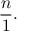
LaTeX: { \frac { n } { 1 } } .